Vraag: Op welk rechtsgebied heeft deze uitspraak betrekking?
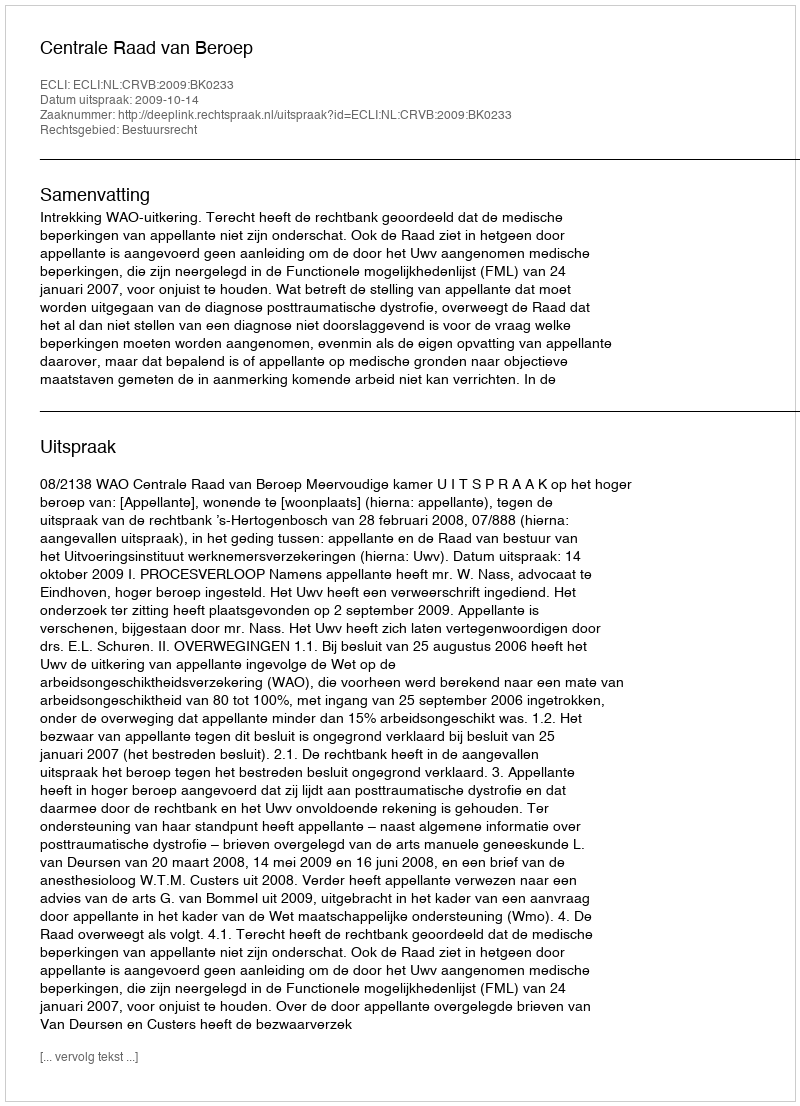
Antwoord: Bestuursrecht